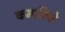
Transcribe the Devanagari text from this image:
कमाविले